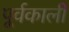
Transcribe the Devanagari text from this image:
पूर्वकाली